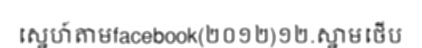
ស្នេហ៍តាមfacebook(២០១២)១២.ស្នាមថើប